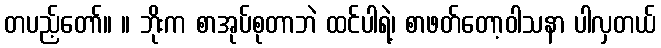
တပည့်တော်။ ။ ဘိုးက စာအုပ်စုတာဘဲ ထင်ပါရဲ့၊ စာဖတ်တော့ဝါသနာ ပါလှတယ်